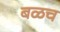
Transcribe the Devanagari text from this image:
बळच